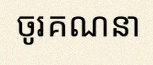
ចូរគណនា